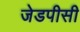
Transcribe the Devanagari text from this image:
जेडपीसी